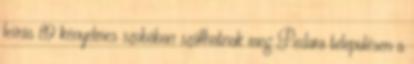
leírás 89 kényelmes szobában szállhatnak meg Pedara településen a